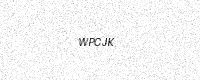
Text: WPCJK